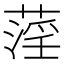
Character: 𦹻